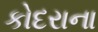
કોદરાના